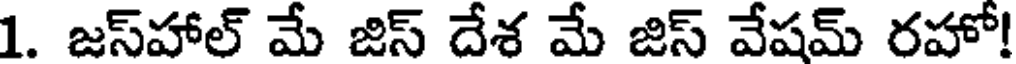
1. జస్హాల్ మే జిస్ దేశ మే జిస్ వేషమ్ రహో!